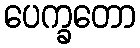
ပေက္ခတော